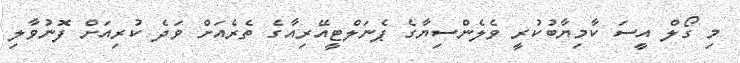
މި ގޯލް އީސަ ކާމިޔާބުކުރީ ވެލެންސިޔާގެ ޕެނަލްޓީއޭރިއާގެ ތެރެއަށް ވަދެ ކުރިއަށް ފޮނުވާލި